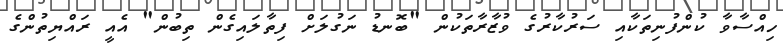
ހިއްސާވާ ކުންފުނިތަކާއި ސަރުކާރުގެ ވުޒާރާތަކުން "ބޮނޑު ނަގުލަށް ފިތާލައިގެން ތިބުން" އެއީ ރައްޔިތުންގެ